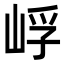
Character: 㟊